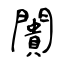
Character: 闠